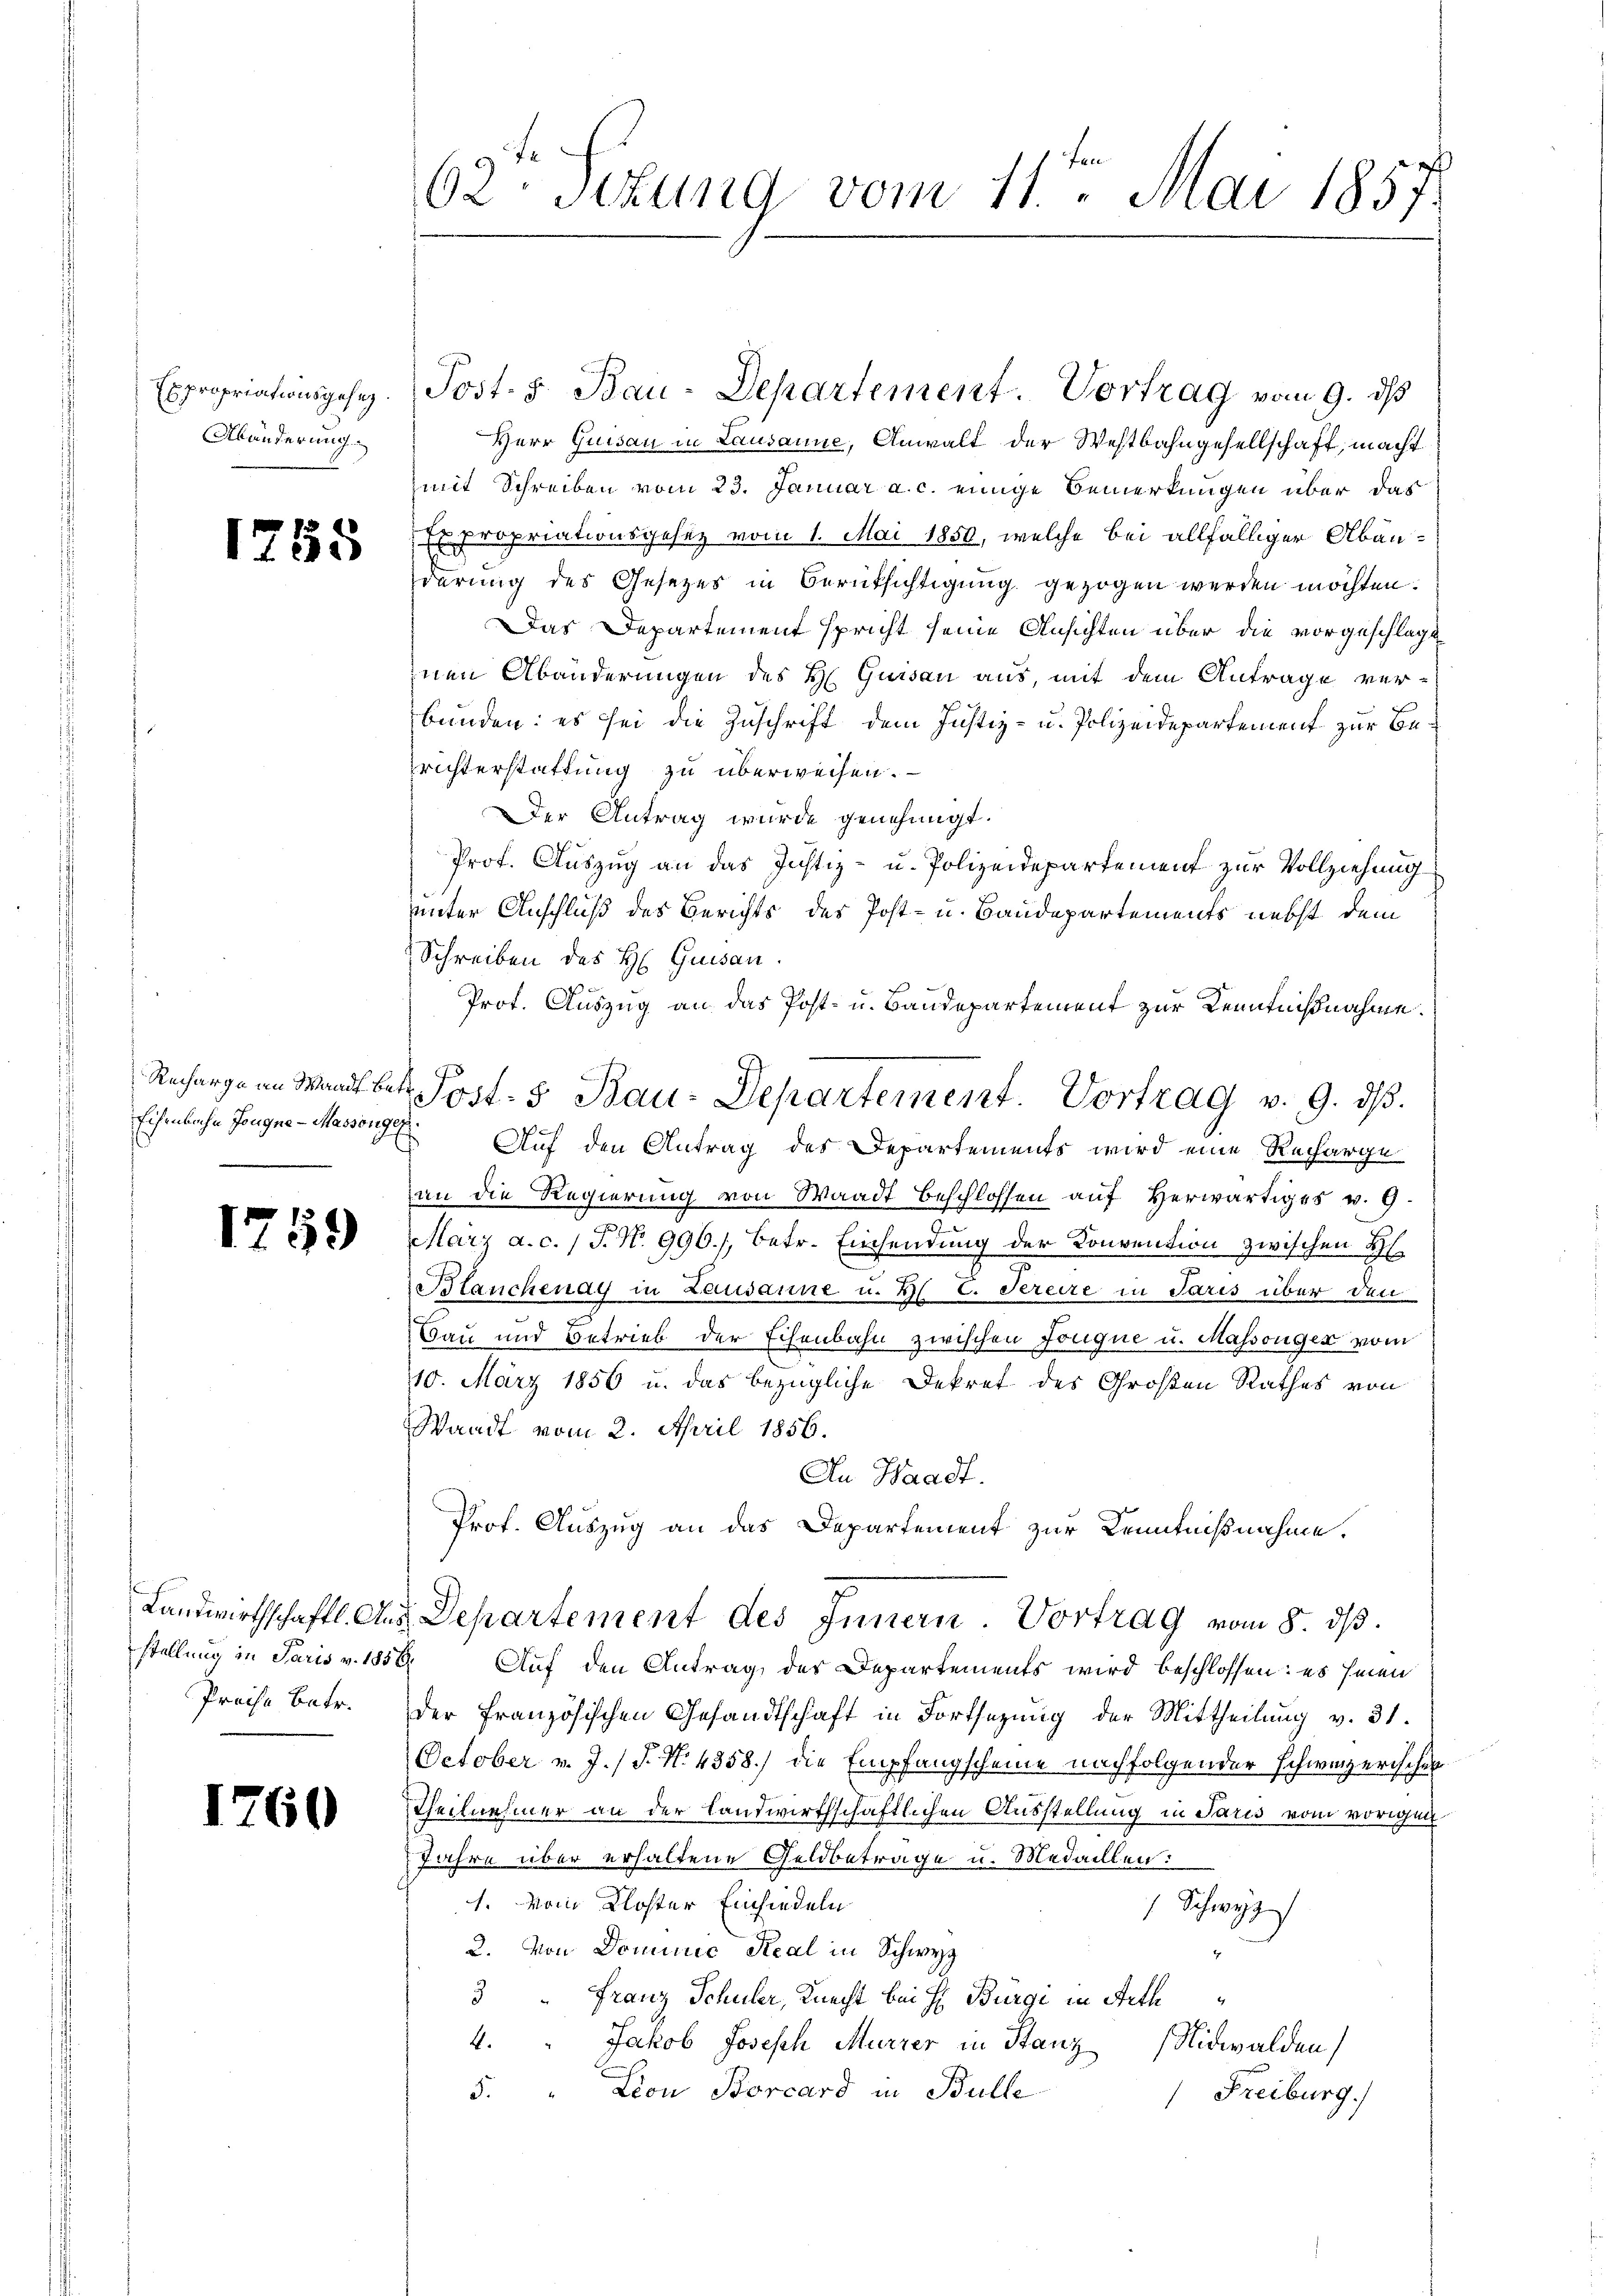
Expropriationsgesez.
Abänderung

d

85

Eisenbahn Jougne - Massonges

1759

Preise Betr.

1760

62te Sizung vom 11.ten Mai 1857.

Herr Quisau in Lausanne, Anwalt der Westbahngesellschaft, macht
mit Schreiben vom 23. Januar a. c. einige Bemerkungen über das
Expropriationsgesez vom 1. Mai 1850, welche bei allfälliger Abänderung des Gesetzes in Berüksichtigung gezogen werden möchten.
Das Departement spricht seine Ansichten über die vorgeschlagt
inen Abänderungen des H. Quisau aus, mit dem Antrage verbunden: es sei die Zuschrift dem Justiz- u. Polizeidepartement zur Berichterstattung zu überweisen.
DDer Antrag wurde genehmigt.
Prof. Auszug an das Justiz- u. Polizeidepartement zur Vollziehung
uunter Anschluß des Berichts des Post- u. Baudepartements nebst dem
Schreiben des H. Quisau.
Prot. Auszug an das Post- u. Baudepartement zur Kenntnißnahme.
Auf den Antrag des Departements wird eine Recharge
an die Regierung von Waadt beschlossen auf Herwärtiges v. 9.
März a.c. (T. N. 996./, betr. Einsendung der Convention zwischen H
Blanchenay in Lausanne u. H. C. Sereire in Paris über den
Bau und Betrieb der Eisenbahn zwischen Fongue u. Massenger vom
410. März 1856 u. das bezügliche Dekret des Großen Rathes von
Waadt vom 2. April 1856.
An Waadt.
Prof. Auszug an das Departement zur Kenntnißnahme.
Landwirtschaftl. Aus Departement des Innern. Vortrag vom 8. dβ.
stellung in Paris v. 1856. Auf den Antrag des Departements wird beschlossen: es seinen
der französischen Gesandtschaft in Fortsetzung der Mittheilung v. 31.
October v. J. J. N. 4858.) die Empfangscheine nachfolgender Schweizerischen
Theilnehmer an der landwirthschaftlichen Ausstellung in Paris vom vorigen
Jahre über erhaltene Geldbetrage u. Medaillen:
1. Vom Kloster Einsiedeln
 Schwyz
2. Von Dominie Real in Schwyz
3 " Franz Schuler, Knecht bei H. Bürgi in Aeth
4. " Jakob Joseph Murzer in Stanz
Nidwalden)
5. " Lion Borcard in Bulle
Freiburg.

Post. S. Bau-Departement. Vortrag vom 9. ds

Recharge an Waadt betr. Post- & Bau-Departement. Vortrag v. 9. dβ.